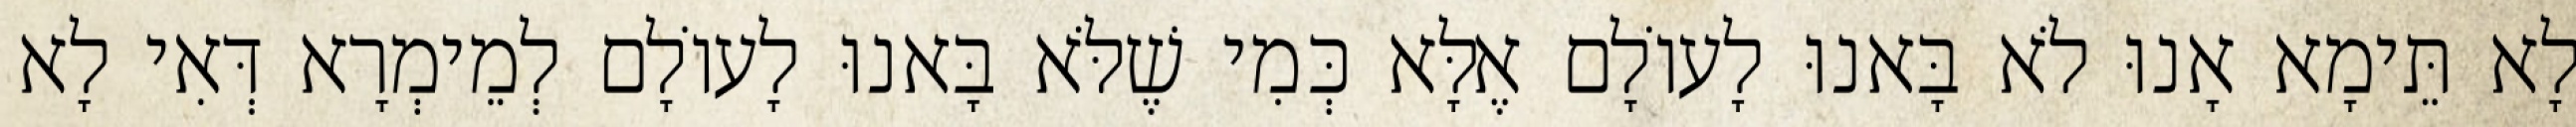
לָא תֵּימָא אָנוּ לֹא בָּאנוּ לָעוֹלָם אֶלָּא כְּמִי שֶׁלֹּא בָּאנוּ לָעוֹלָם לְמֵימְרָא דְּאִי לָא